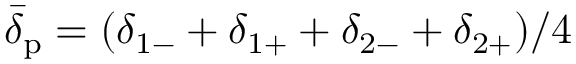
\bar { \delta } _ { \mathrm { p } } = ( \delta _ { 1 - } + \delta _ { 1 + } + \delta _ { 2 - } + \delta _ { 2 + } ) / 4